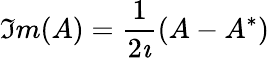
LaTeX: \Im m(A)=\frac{1}{2\imath}(A-A^{*})